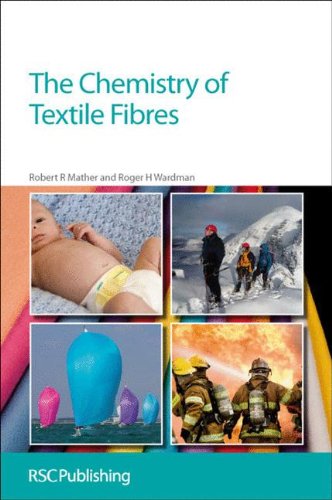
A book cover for The Chemistry of Textile Fibres: RSC; Robert R Mather; Science & Math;